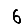
Digit: 6